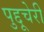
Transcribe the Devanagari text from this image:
पुद्दूचेरी